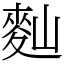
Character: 䴮